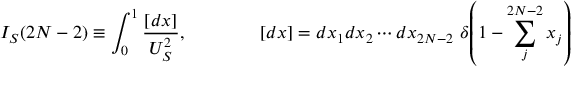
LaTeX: I _ { S } ( 2 N - 2 ) \equiv \int _ { 0 } ^ { 1 } \frac { [ d x ] } { U _ { S } ^ { 2 } } , \qquad \qquad [ d x ] = d x _ { 1 } d x _ { 2 } \cdots d x _ { 2 N - 2 } \, \, \delta \! \left( 1 - \sum _ { j } ^ { 2 N - 2 } x _ { j } \right)